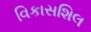
વિકાસશિલ